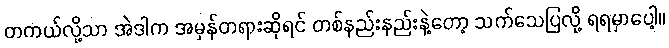
တကယ်လို့သာ အဲဒါက အမှန်တရားဆိုရင် တစ်နည်းနည်းနဲ့တော့ သက်သေပြလို့ ရရမှာပေါ့။